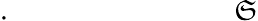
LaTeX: .\qquad\qquad\qquad\quad\; \; \; \mathfrak{S}